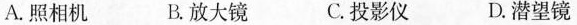
A. 照相机 B. 放大镜 C. 投影仪 D. 潜望镜